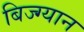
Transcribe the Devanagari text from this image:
बिज्ग्यान